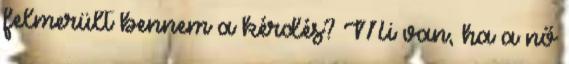
felmerült bennem a kérdés? Mi van, ha a nő